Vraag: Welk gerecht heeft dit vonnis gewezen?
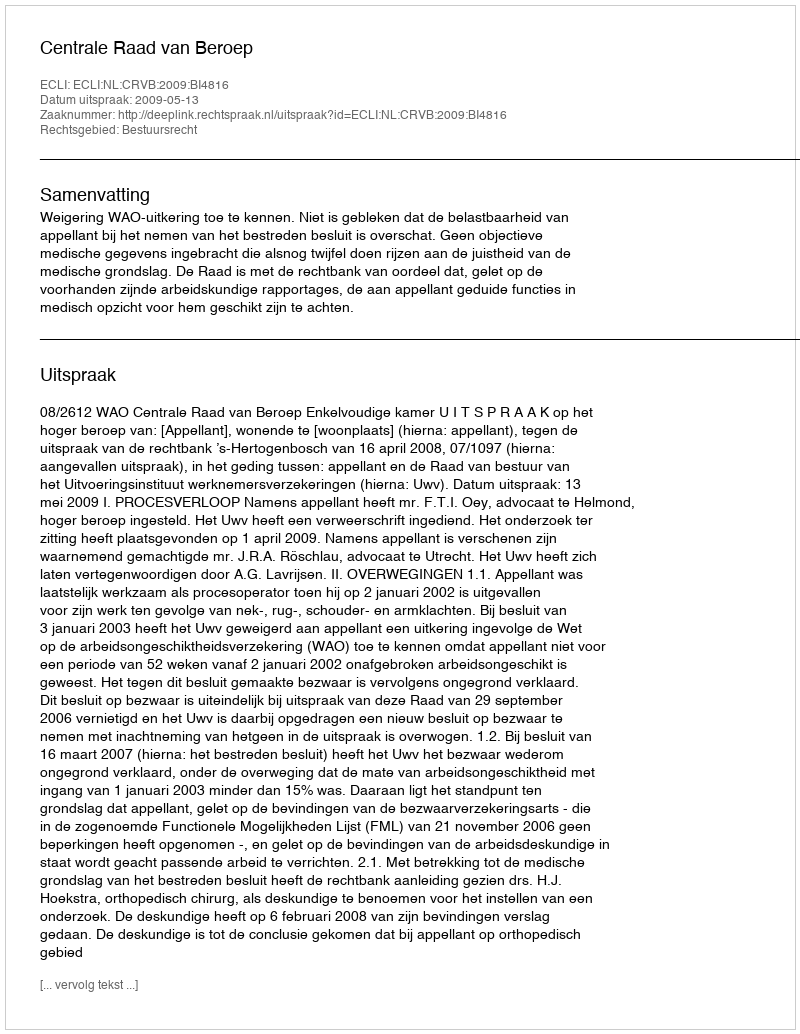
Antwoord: Centrale Raad van Beroep